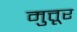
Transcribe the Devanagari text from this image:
मुत्तूर